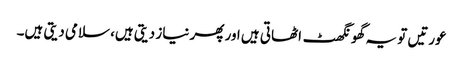
عورتیں تو یہ گھونگھٹ اٹھاتی ہیں اور پھر نیاز دیتی ہیں، سلامی دیتی ہیں۔